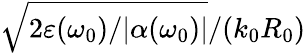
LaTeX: \sqrt{2\varepsilon(\omega_{0})/|\alpha(\omega_{0})|}/(k_{0}R_{0})